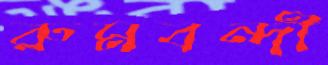
রুমবন্দী